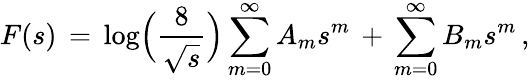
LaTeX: F(s)\, =\, \log\Bigl(\frac{8}{\sqrt{s}}\Bigr)\sum_{m=0}^{\infty}A_{m}s^{m}\, +\, \sum_{m=0}^{\infty}B_{m}s^{m}\, ,